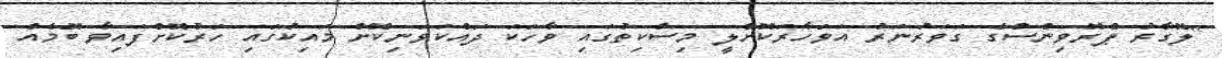
"ލޮގާރު ޕްރޮވިންސްގެ ގަވަރުނަރު އަވަހާރަކޮށްލީ މިސްކިތުގައި ވާހަކަ ދައްކަވަނިކޮށް މައިކުގައި ހަރުކޮށްފައިވާ ބޮމެއް